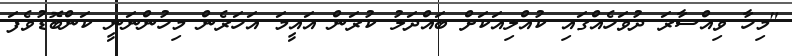
"މިހާ ވިއްސާރަ ދުވަހެއްގައި ކުއްލިއަކަށް ބައްދަލު ކުރަން އައީމަ އަހަރެން މިހުންނަނީ ކަންބޮޑުވެފަ